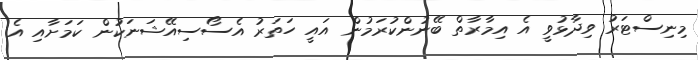
މިނިސްޓަރު ވިދާޅުވީ އެ އިމާރާތް ބޭނުންކުރަމުން އައީ ހަތަރު އެސޯސިއޭޝަނަކުން ކަމަށާއި އެ